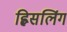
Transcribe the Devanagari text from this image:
ह्विसलिंग